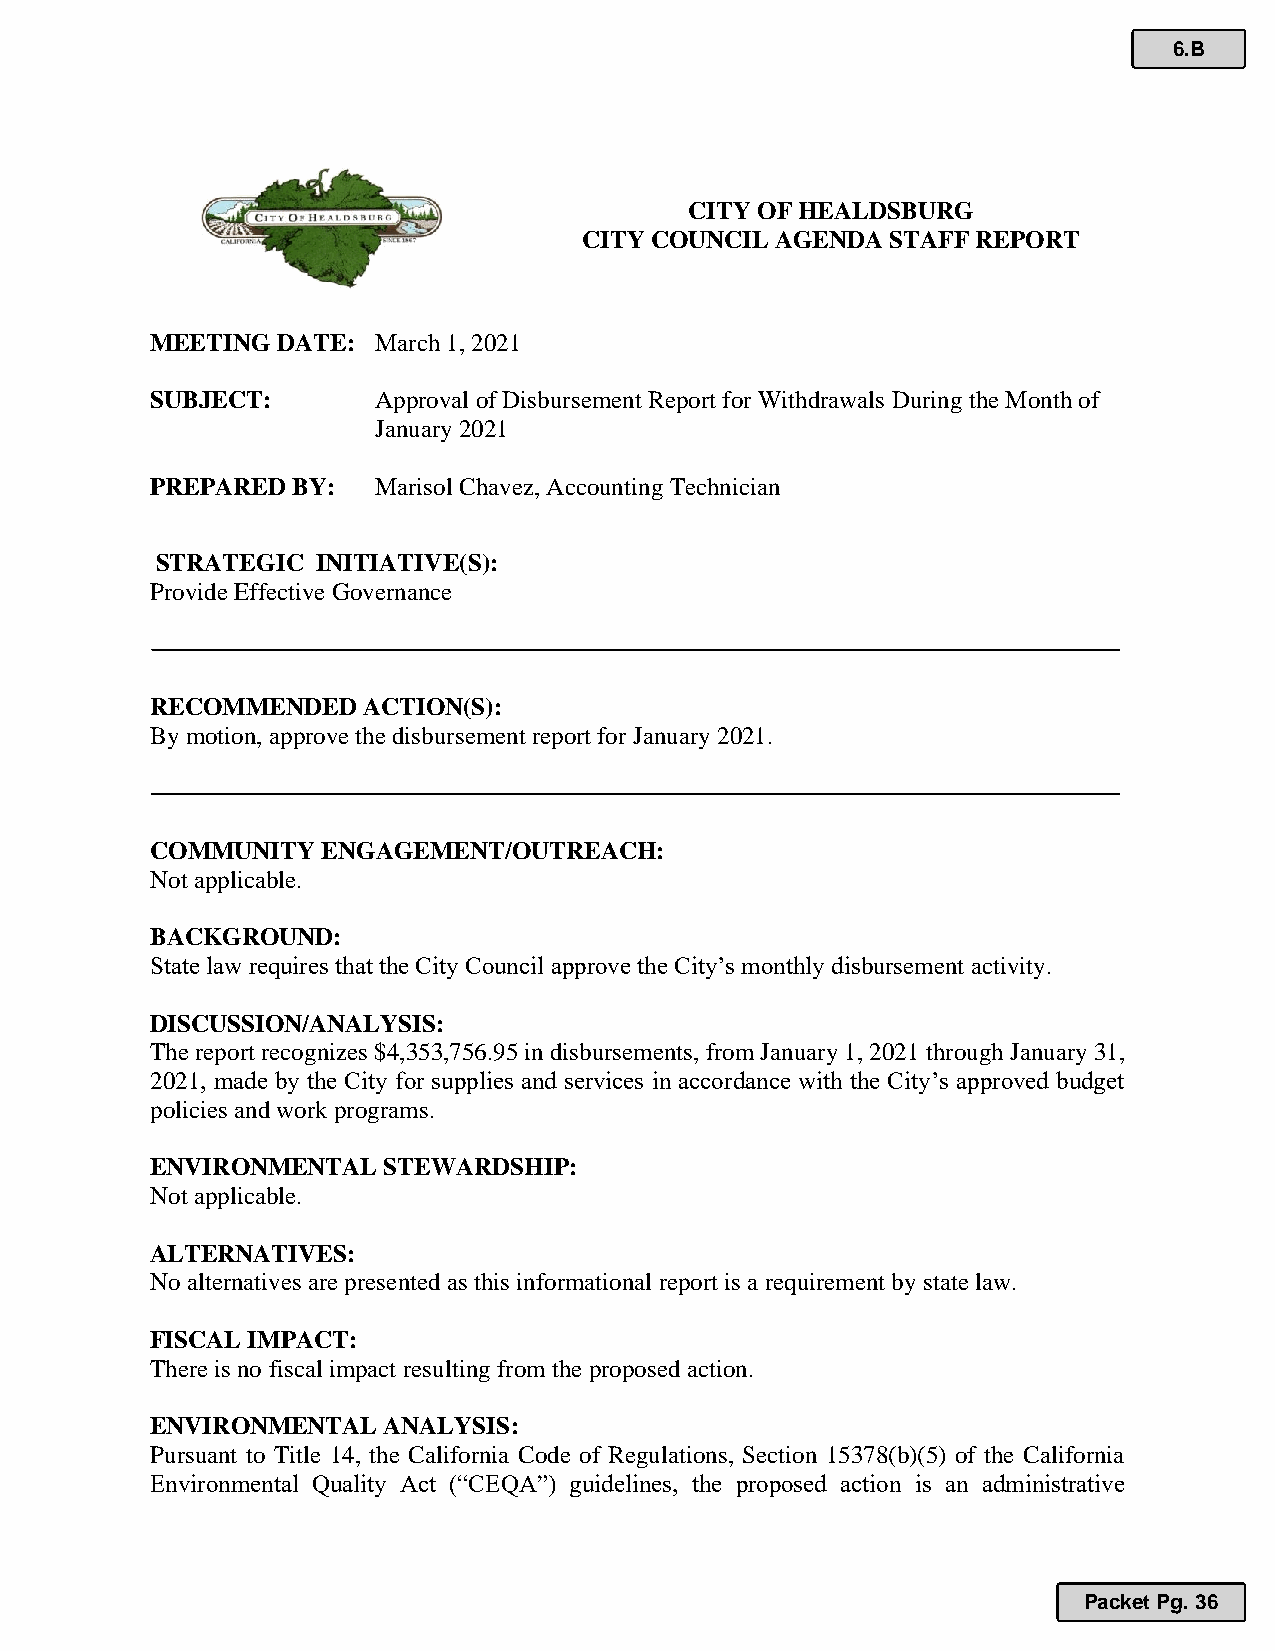
6.B
 CITY OF HEALDSBURG
 CITY COUNCIL AGENDA STAFF REPORT
 MEETING DATE:  March 1, 2021
 SUBJECT:       Approval of Disbursement Report for Withdrawals During the Month of
 January 2021
 PREPARED BY:   Marisol Chavez, Accounting Technician
 STRATEGIC  INITIATIVE(S):
 Provide Effective Governance
 RECOMMENDED   ACTION(S):
 By motion, approve the disbursement report for January 2021.
 COMMUNITY  ENGAGEMENT/OUTREACH:
 Not applicable.
 BACKGROUND:
 State law requires that the City Council approve the City’s monthly disbursement activity.
 DISCUSSION/ANALYSIS:
 The report recognizes $4,353,756.95 in disbursements, from January 1, 2021 through January 31,
 2021, made by the City for supplies and services in accordance with the City’s approved budget
 policies and work programs.
 ENVIRONMENTAL  STEWARDSHIP:
 Not applicable.
 ALTERNATIVES:
 No alternatives are presented as this informational report is a requirement by state law.
 FISCAL IMPACT:
 There is no fiscal impact resulting from the proposed action.
 ENVIRONMENTAL  ANALYSIS:
 Pursuant to Title 14, the California Code of Regulations, Section 15378(b)(5) of the California
 Environmental Quality Act (“CEQA”) guidelines, the proposed action is an administrative
 Packet Pg. 36